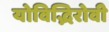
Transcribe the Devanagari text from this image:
योविद्भिरोवी